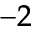
^ { - 2 }